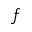
f